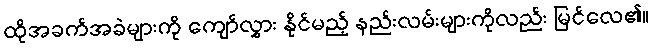
ထိုအခက်အခဲများကို ကျော်လွှား နိုင်မည့် နည်းလမ်းများကိုလည်း မြင်လေ၏။